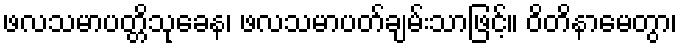
ဖလသမာပတ္တိသုခေန၊ ဖလသမာပတ်ချမ်းသာဖြင့်။ ဝိတိနာမေတွာ၊